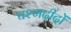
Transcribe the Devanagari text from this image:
चश्मदीदों